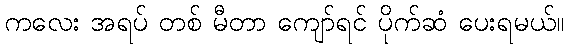
ကလေး အရပ် တစ် မီတာ ကျော်ရင် ပိုက်ဆံ ပေးရမယ်။